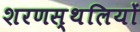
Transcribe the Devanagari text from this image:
शरणस्थलियों